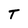
Character: T